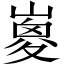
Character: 𡼇